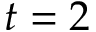
t = 2